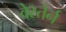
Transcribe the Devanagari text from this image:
वेस्तेर्न